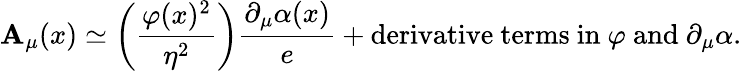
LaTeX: \mathbf{A}_{\mu}(x)\simeq\left({\frac{{\varphi(x)^{2}}}{{\eta^{2}}}}\right){\frac{{\partial_{\mu}\alpha(x)}}{{e}}}+\mathrm{{derivative\ terms\ in\ }}\varphi\mathrm{{\ and\ }}\partial_{\mu}\alpha.